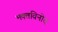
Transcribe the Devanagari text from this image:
भक्तविनोद